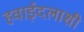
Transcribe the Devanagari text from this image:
हवाईदलाशी